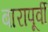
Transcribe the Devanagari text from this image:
बारापूर्वी